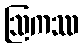
ဩကဿ